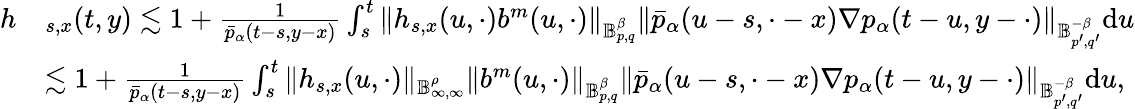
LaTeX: \begin{array}{rl}{h}&{_{s,x}(t,y)\lesssim 1+\frac{1}{\bar{p}_{\alpha}(t-s,y-x)}\int_{s}^{t}\Vert h_{s,x}(u,\cdot)b^{m}(u,\cdot)\Vert_{\mathbb{B}_{p,q}^{\beta}}\Vert\bar{p}_{\alpha}(u-s,\cdot-x)\nabla p_{\alpha}(t-u,y-\cdot)\Vert_{\mathbb{B}_{p^{\prime},q^{\prime}}^{-\beta}}\mathrm{d}u}\\ &{\lesssim 1+\frac{1}{\bar{p}_{\alpha}(t-s,y-x)}\int_{s}^{t}\Vert h_{s,x}(u,\cdot)\Vert_{\mathbb{B}_{\infty,\infty}^{\rho}}\Vert b^{m}(u,\cdot)\Vert_{\mathbb{B}_{p,q}^{\beta}}\Vert\bar{p}_{\alpha}(u-s,\cdot-x)\nabla p_{\alpha}(t-u,y-\cdot)\Vert_{\mathbb{B}_{p^{\prime},q^{\prime}}^{-\beta}}\mathrm{d}u,}\end{array}